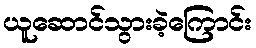
ယူဆောင်သွားခဲ့ကြောင်း